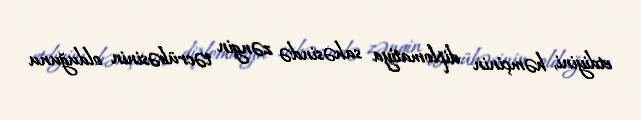
etdiyini, həmçinin diplomatiya sahəsində zəngin təcrübəsinin olduğunu